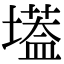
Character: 𡑷